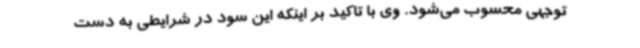
توجهی محسوب می‌شود. وی با تاکید بر اینکه این سود در شرایطی به دست